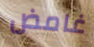
غامض